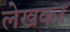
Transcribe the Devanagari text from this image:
लेखकर